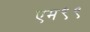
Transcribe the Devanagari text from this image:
एम९९